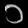
Digit: ၁